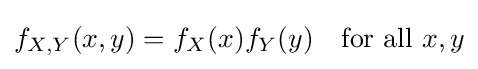
f_{X,Y}(x,y)=f_{X}(x)f_{Y}(y)\quad {\text{for all }}x,y